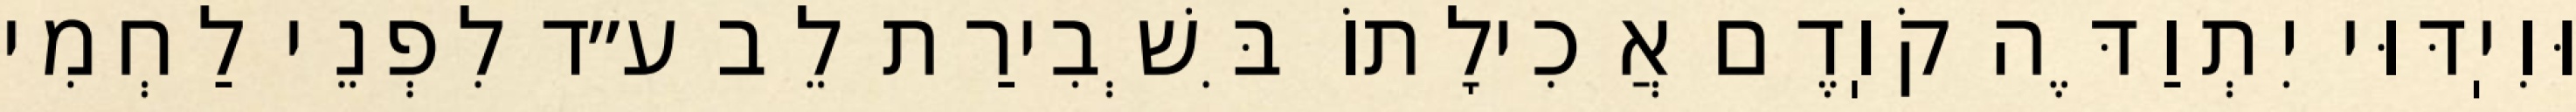
וּוִיֽדּוּי יִתְוַדֶּה קֹוֽדֶם אֲכִילָתוֹ בִּשְׁבִירַת לֵב ע״ד לִפְנֵי לַחְמִי